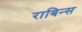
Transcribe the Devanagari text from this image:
राबिन्स